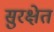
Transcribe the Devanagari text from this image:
सुरक्षेत